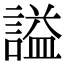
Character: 謚